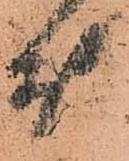
能